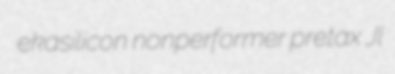
ekasilicon nonperformer pretax Jl